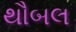
થૌબલ